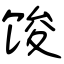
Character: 馂